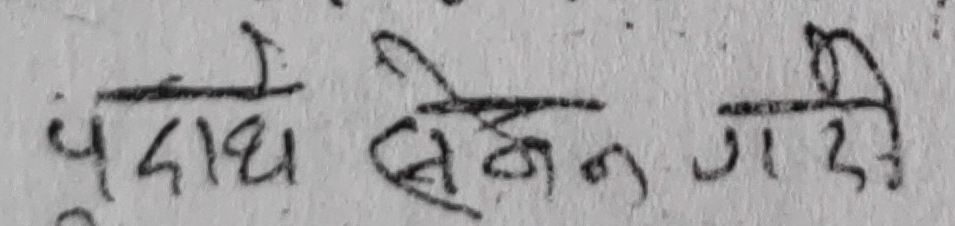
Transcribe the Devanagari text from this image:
पदाथ सेक्शन गर्दा